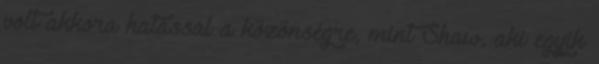
volt akkora hatással a közönségre, mint Shaw, aki egyik